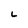
Character: L